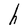
Character: h